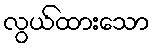
လွယ်ထားသော